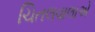
ચિતલવાલાએ